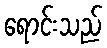
ရောင်းသည်